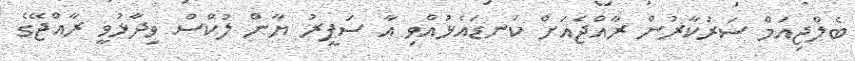
ބެލްޖިއަމް ސަރުކާރުން ރާއްޖެއަށް ކަނޑައެޅުއްވި އާ ސަފީރު ޔާން ލުކްސް ވިދާޅުވީ ރާއްޖޭގެ